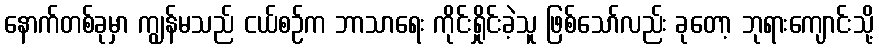
နောက်တစ်ခုမှာ ကျွန်မသည် ငယ်စဉ်က ဘာသာရေး ကိုင်းရှိုင်းခဲ့သူ ဖြစ်သော်လည်း ခုတော့ ဘုရားကျောင်းသို့